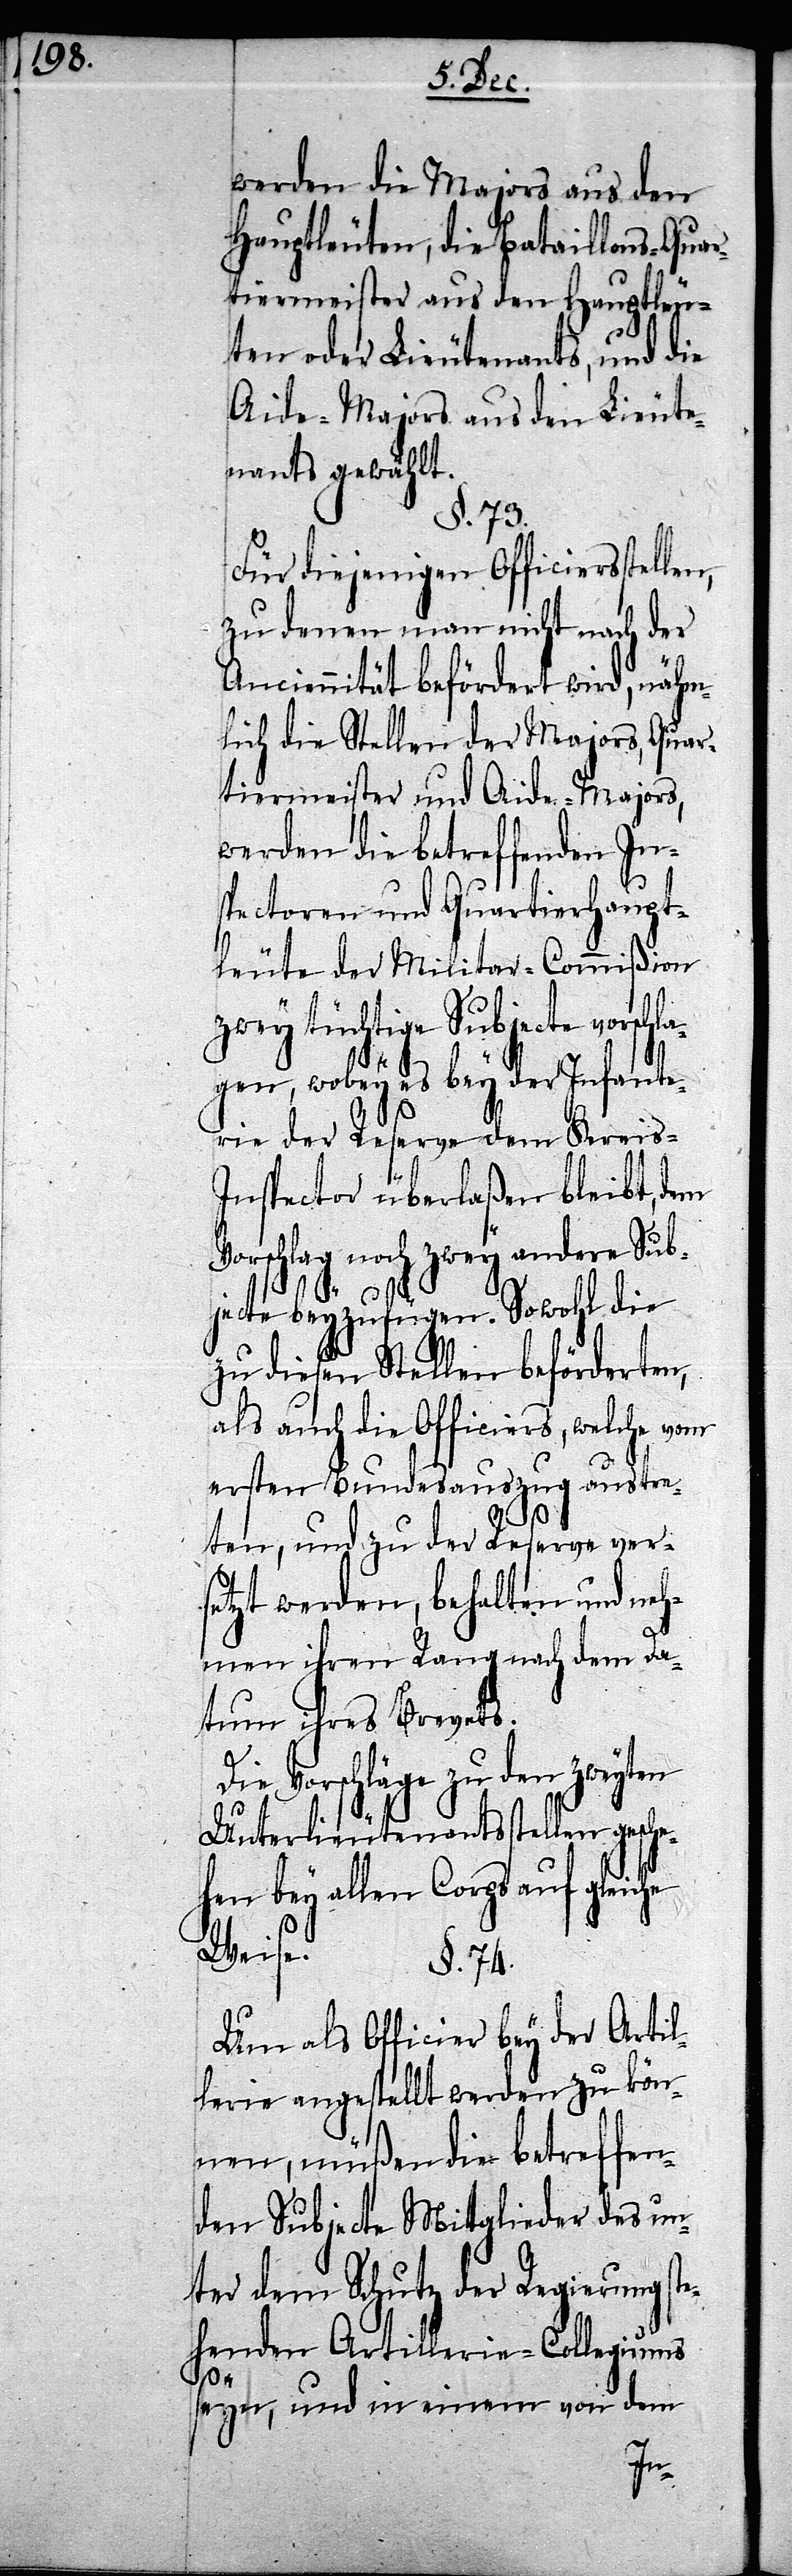
werden die Majors aus den
Hauptleuten, die Bataillons-Quar¬
tiermeister aus den Hauptleu¬
ten oder Lieutenants, und die
Aide-Majors aus den Lieute¬
nants gewählt.
§. 73.
Für diejenigen Officiersstellen,
zu denen man nicht nach der
Anciennität befördert wird, nähm¬
lich die Stellen der Majors, Quar¬
tiermeister und Aide-Majors,
werden die betreffenden In¬
spectoren und Quartierhaupt¬
leute der Militar-Commißion
zwey tüchtige Subjecte vorschla¬
gen, wobey es bey der Infante¬
rie der Reserve dem Kreis-I¬
nspector überlaßen bleibt, dem
Vorschlag noch zwey andere Sub¬
jecte beyzufügen. Sowohl die
zu diesen Stellen beförderten,
als auch die Officiers, welche vom
ersten Bundesauszug austre¬
ten, und zu der Reserve ver¬
setzt werden, behalten und neh¬
men ihren Rang nach dem Da¬
tum ihres Brevets.
Vorschläge zu den
Unterlieutenantsstellen gesche¬
hen bey allen Corps auf gleiche
Weise.
§. 74.
Um als Officier bey der Artil¬
lerie angestellt werden zu kön¬
nen, müßen die betreffen¬
den Subjecte Mitglieder des un¬
ter dem Schutz der Regierung ste¬
henden Artillerie-Collegiums
seyn, und in einem von dem